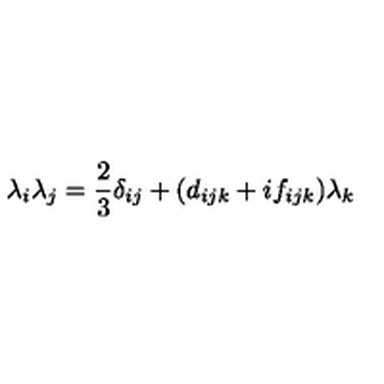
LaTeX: \lambda _ { i } \lambda _ { j } = \frac { 2 } { 3 } \delta _ { i j } + ( d _ { i j k } + i f _ { i j k } ) \lambda _ { k }